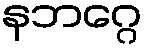
နဘဂ္ဂေ